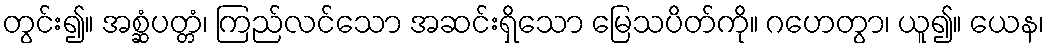
တွင်း၍။ အစ္ဆံပတ္တံ၊ ကြည်လင်သော အဆင်းရှိသော မြေသပိတ်ကို။ ဂဟေတွာ၊ ယူ၍။ ယေန၊